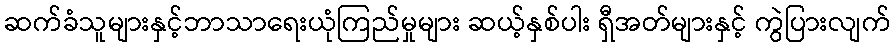
ဆက်ခံသူများနှင့်ဘာသာရေးယုံကြည်မှုများ ဆယ့်နှစ်ပါး ရှီအတ်များနှင့် ကွဲပြားလျက်